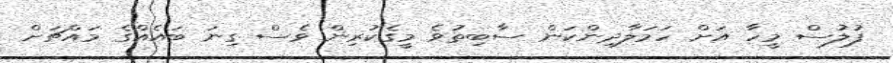
ފުލުސް މީހާ އަށް ހަމަލާދިންކަން ސާބިތުވެ މީގެކުރިން ވެސް ގިނަ ބައެއްގެ މައްޗަށް